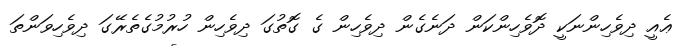
ޢެއީ ދިވެހިންނަކީ ދޮވެހިންކަން ދަނެގެން ދިވެހިން ގެ ގޮތުގަ ދިވެހިން ހުރުމުގެތެރޭގަ ދިވެހިވަންތަ